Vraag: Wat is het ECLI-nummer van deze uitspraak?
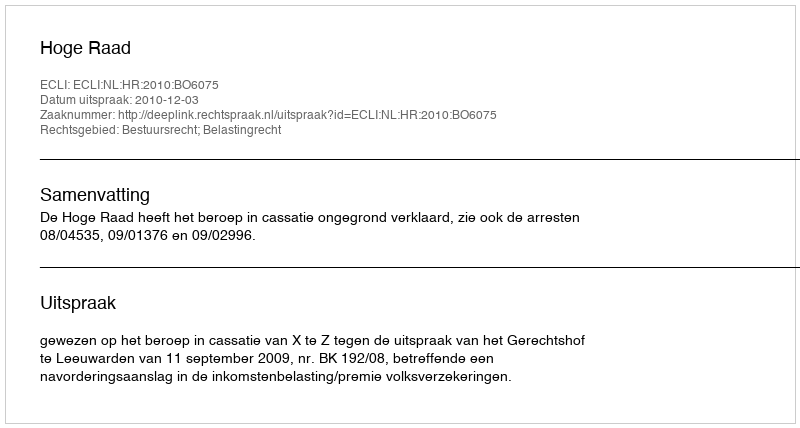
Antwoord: ECLI:NL:HR:2010:BO6075